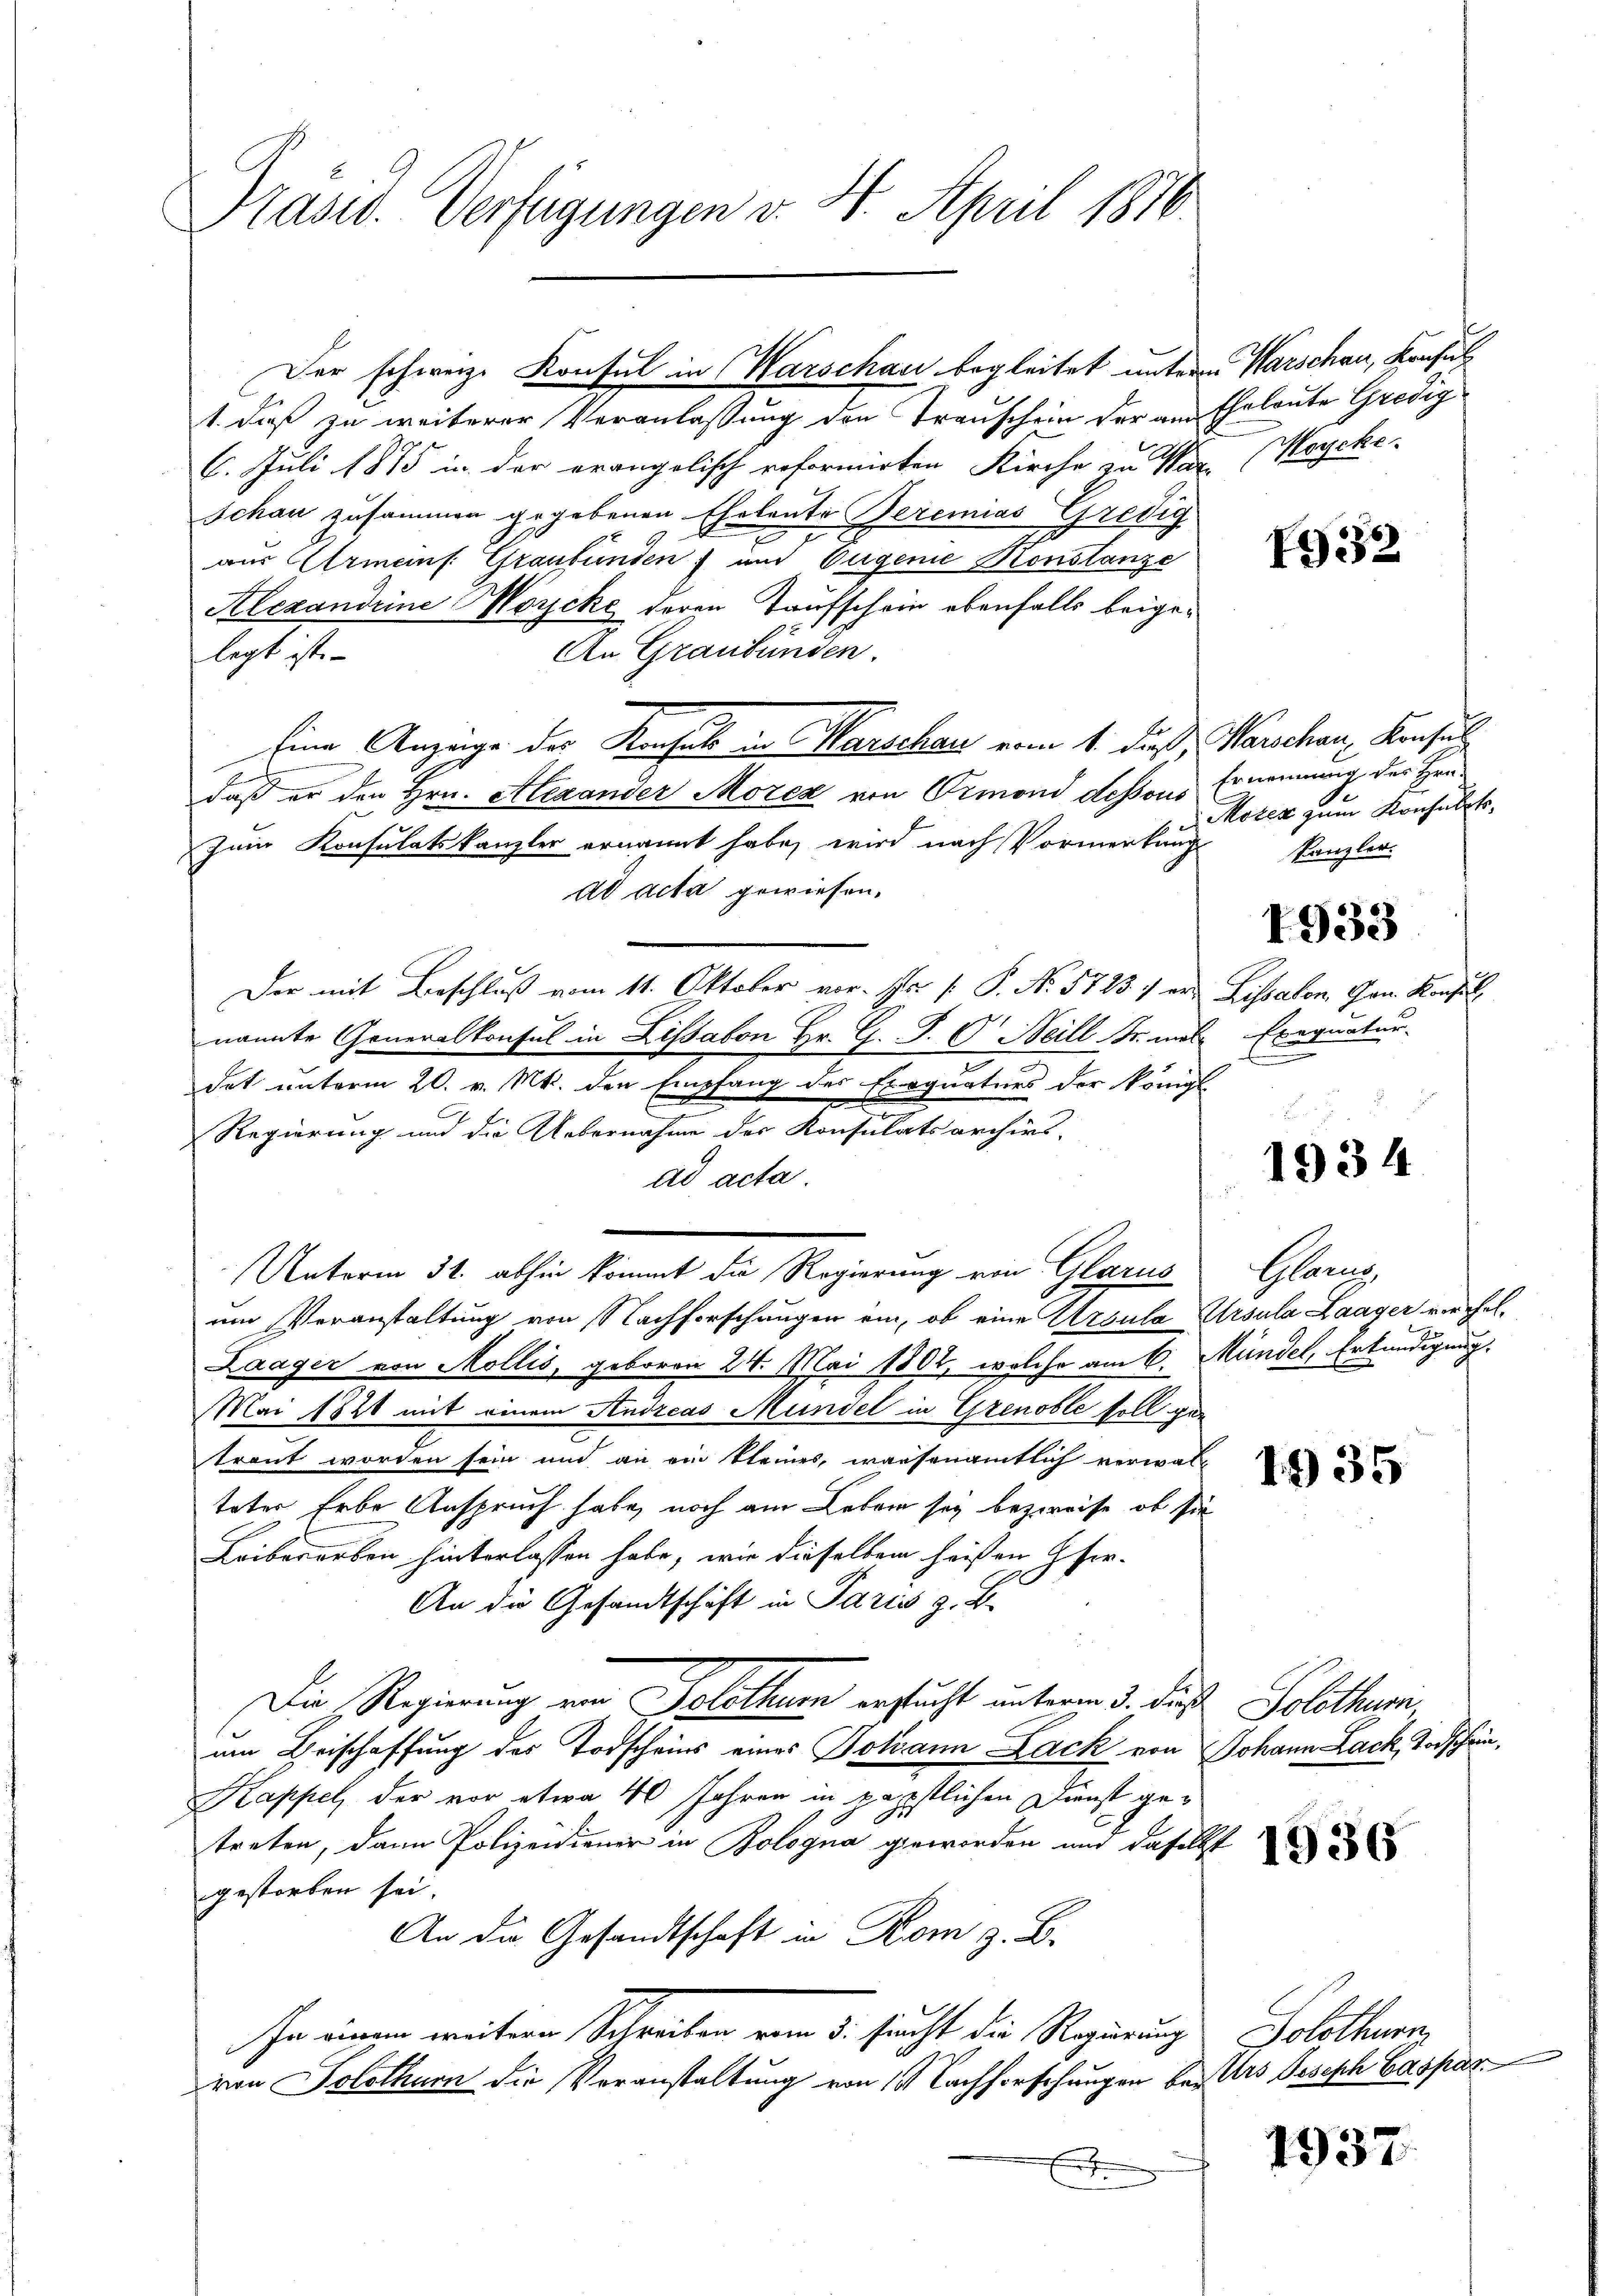
Präsid. Verfügungen v. 4. April 1816.

Der schweiz. Konsul in Warschau begleitet unterem Warschau, Konfus

Der mit Beschluß vom 11. Oktober vor. Er /: P. Nr. 5723 f er

nannte Generalkonsul in Lissabon Hr. G. P. C. Heill Fr. mel

1. dieß zu weiterer Veranlassung den Trauschein der am Eheleute Gredig
6. Juli 1875 in der erangelisch reformirten Kirche zu Var- (Hoycke-
Schau zusammen gegebenen Eheleute Bereinias Gredig
e
aus Armeins. Graubünden in Eugenie Konstanze
Alexandeine Morcke deren Taufschein ebenfalls beige¬
An Graubünden.
legt ist.
Eine Anzeige des Konsuls in Marschau vom 1. daß, Marschon, Konsul
daß er den Hrn. Alexander Morez von Ormond dessous
zum Konsulatskanzler ernannt habe, wird nach Vormerkung
ad acta gewiesen.
dat unterm 20. v. Mt. den Empfang des Exequaturs der Königl.
Regierung und die Uebernahme des Konsulatsarchivs-
ad acta.
Unterm 31. abhin kommt die Regierung von Glarus
um Veranstaltung von Nachforschungen ein, ob eine Ursula Ursula Laager verehel¬
Laager von Mollis, geboren 24. Mai 1802, welche am 6. Mündel, Erkundigung.
Mai 1821 mit einem Andreas Mündel in Grenoble soll ge-
traut worden sein und an ein kleines, warsenamtlich verwal-
teter Erbe Anspruch habe, noch am Leben sey bezweife, ob sie
Leiberarben hinterlassen habe, wie dieselben heisten Gfer-
An die Gesandtschäft in Paris z. B.
Die Regierung von Solothurn ersucht unterm 3. daß
um Beischaffung des Todscheins eines Johann Lack von
Kappel, der vor etwa 40 Jahren in päpstlichen Dienst getreten, dann Polizeidiener in Bologna geworden und daselbst
gestorben sei.
An die Gesandtschaft in Rom z. B.
In einen weitere Schreiben vom 5. sucht die Regierung
von Solothurn die Veranstaltung von 14 Lachforschungen besters Joseph Caspar
x

Ernennung des Hrn.
Mozen zum Konsulatokanzler.

Lissabon Gen. Konsul
Exequatur-

Glan

1932

1933

1934

1935

Solothum
Johann Lack Todschein,

1936

Solothurn,

1937.